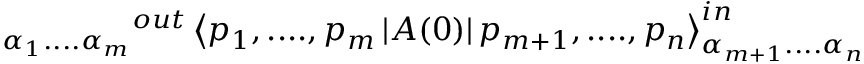
_ { \alpha _ { 1 } . . . . \alpha _ { m } } { } ^ { o u t } \left\langle p _ { 1 } , . . . . , p _ { m } \left| A ( 0 ) \right| p _ { m + 1 } , . . . . , p _ { n } \right\rangle _ { \alpha _ { m + 1 } . . . . \alpha _ { n } } ^ { i n }